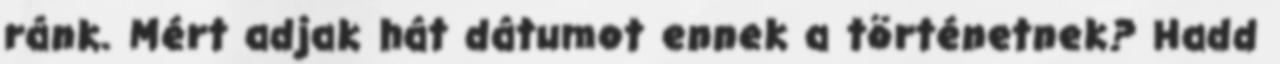
ránk. Mért adjak hát dátumot ennek a történetnek? Hadd